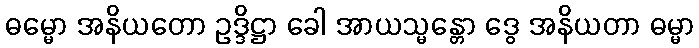
ဓမ္မော အနိယတော ဥဒ္ဒိဋ္ဌာ ခေါ အာယသ္မန္တော ဒွေ အနိယတာ ဓမ္မာ